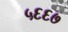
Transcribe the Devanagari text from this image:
५६६७